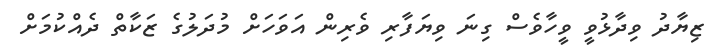
ޒިޔާދު ވިދާޅުވީ ވީހާވެސް ގިނަ ވިޔަފާރި ވެރިން އަވަހަށް މުދަލުގެ ޒަކާތް ދެއްކުމަށް